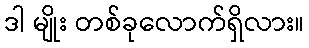
ဒါ မျိုး တစ်ခုလောက်ရှိလား။